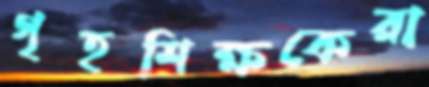
গৃহশিক্ষকেরা